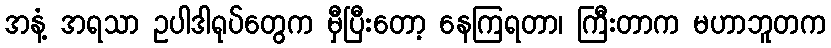
အနံ့ အရသာ ဥပါဒါရုပ်တွေက မှီပြီးတော့ နေကြရတာ၊ ကြီးတာက မဟာဘူတက